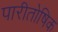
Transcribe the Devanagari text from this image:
पारीतोषिक